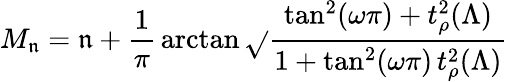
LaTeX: M_{\mathfrak{n}}=\mathfrak{n}+\frac{{1}}{{\pi}}\, \arctan\sqrt{}{{\frac{{\tan^{2}(\omega\pi)+t_{\rho}^{2}(\Lambda)}}{{1+\tan^{2}(\omega\pi)\, t_{\rho}^{2}(\Lambda)}}}}